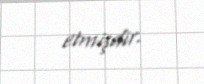
etmişdir.